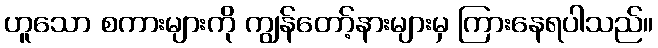
ဟူသော စကားများကို ကျွန်တော့်နားများမှ ကြားနေရပါသည်။